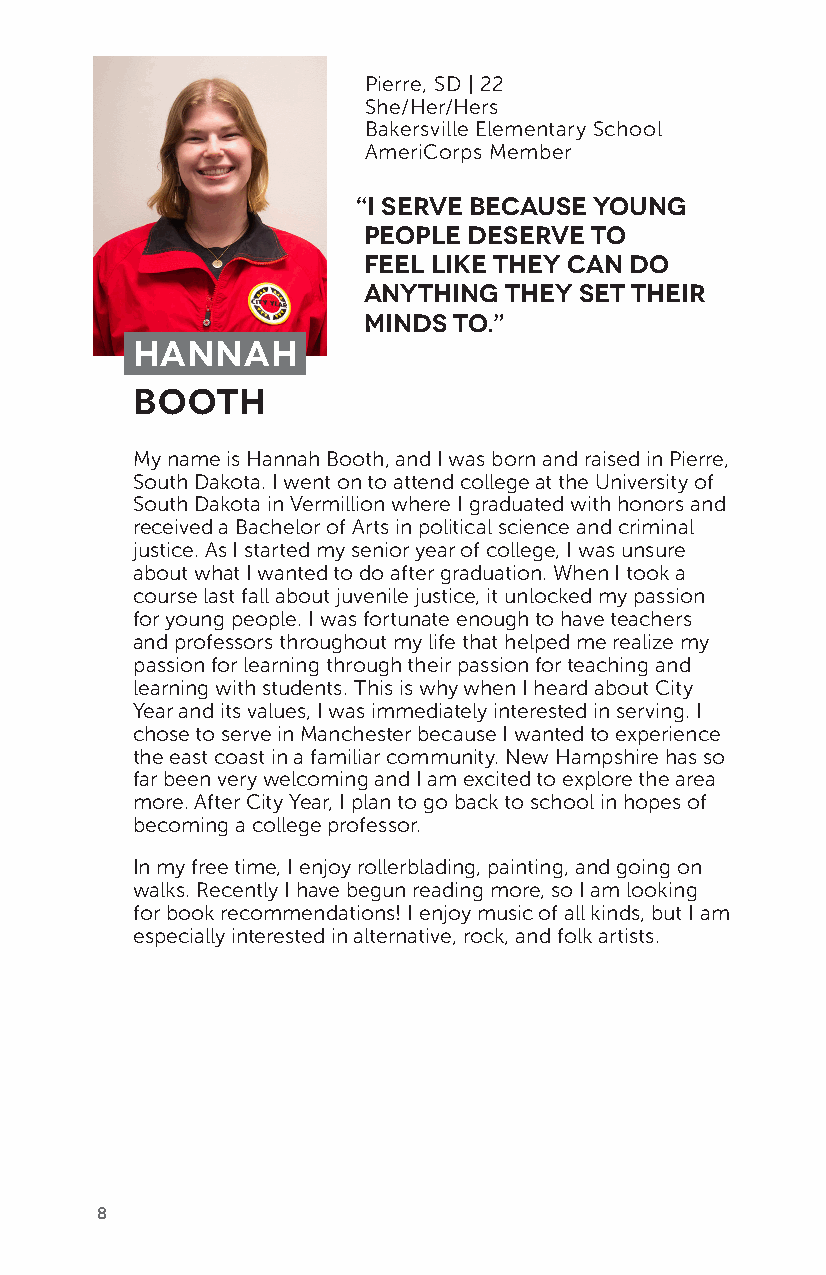
Pierre, SD | 22
 She/Her/Hers
 Bakersville Elementary School
 AmeriCorps Member
 “I serve because young
 people deserve to
 feel like they can do
 anything they set their
 minds to.”
 Hannah
 Booth
 My name is Hannah Booth, and I was born and raised in Pierre,
 South Dakota. I went on to attend college at the University of
 South Dakota in Vermillion where I graduated with honors and
 received a Bachelor of Arts in political science and criminal
 justice. As I started my senior year of college, I was unsure
 about what I wanted to do after graduation. When I took a
 course last fall about juvenile justice, it unlocked my passion
 for young people. I was fortunate enough to have teachers
 and professors throughout my life that helped me realize my
 passion for learning through their passion for teaching and
 learning with students. This is why when I heard about City
 Year and its values, I was immediately interested in serving. I
 chose to serve in Manchester because I wanted to experience
 the east coast in a familiar community. New Hampshire has so
 far been very welcoming and I am excited to explore the area
 more. After City Year, I plan to go back to school in hopes of
 becoming a college professor.
 In my free time, I enjoy rollerblading, painting, and going on
 walks. Recently I have begun reading more, so I am looking
 for book recommendations! I enjoy music of all kinds, but I am
 especially interested in alternative, rock, and folk artists.
 8